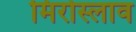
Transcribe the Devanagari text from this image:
मिरोस्लाव